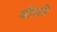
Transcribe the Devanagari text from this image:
धीराने